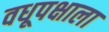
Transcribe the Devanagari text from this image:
वधूपक्षाला